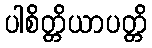
ပါစိတ္တိယာပတ္တိ